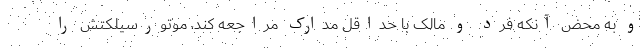
و به محض آنکه فرد و مالک با حداقل مدارک مراجعه کند، موتورسیلکتش را